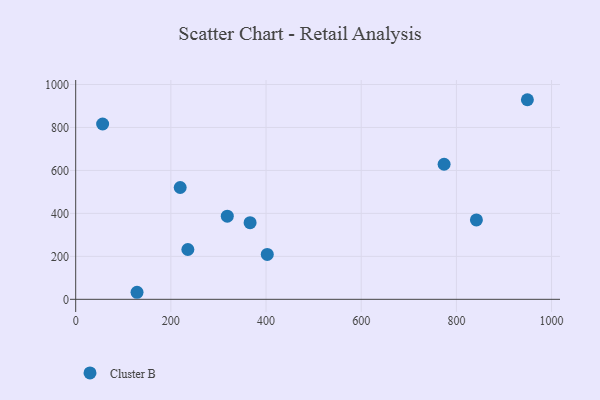
{"axis": {"x": "Distance", "y": "Demand"}, "legend": ["Cluster B"], "data": [{"x": "774.2", "y": 628.9, "type": "Cluster B"}, {"x": "366.5", "y": 356.7, "type": "Cluster B"}, {"x": "402.6", "y": 209.0, "type": "Cluster B"}, {"x": "842.1", "y": 369.4, "type": "Cluster B"}, {"x": "949.2", "y": 929.2, "type": "Cluster B"}, {"x": "219.6", "y": 520.5, "type": "Cluster B"}, {"x": "56.6", "y": 816.2, "type": "Cluster B"}, {"x": "318.6", "y": 387.3, "type": "Cluster B"}, {"x": "128.9", "y": 32.8, "type": "Cluster B"}, {"x": "235.7", "y": 232.0, "type": "Cluster B"}]}